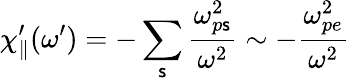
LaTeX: \chi_{\parallel}^{\prime}(\omega^{\prime})=-\sum_{\mathsf{s}}\frac{{\omega_{p\mathsf{s}}^{2}}}{{\omega^{2}}}\sim-\frac{{\omega_{pe}^{2}}}{{\omega^{2}}}